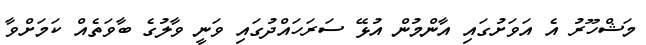
މަޝްހޫރު އެ އަވަށުގައި އާންމުން އުޅޭ ސަރަހައްދުގައި ވަނީ ވާލުގެ ބާވަތެއް ކަމަށްވާ